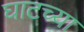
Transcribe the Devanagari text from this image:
घाटच्या